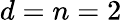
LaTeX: d=n=2